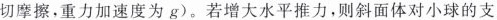
切摩擦，重力加速度为g)。若增大水平推力，则斜面体对小球的支